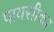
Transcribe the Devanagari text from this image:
पायसीकर